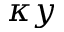
\kappa y